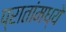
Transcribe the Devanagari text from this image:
प्रातांमध्ये